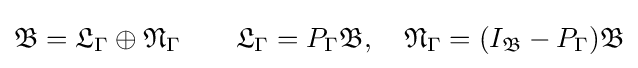
{\mathfrak {B}}={\mathfrak {L}}_{\Gamma }\oplus {\mathfrak {N}}_{\Gamma }\qquad {\mathfrak {L}}_{\Gamma }=P_{\Gamma }{\mathfrak {B}},\quad {\mathfrak {N}}_{\Gamma }=(I_{\mathfrak {B}}-P_{\Gamma }){\mathfrak {B}}